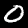
Digit: 0